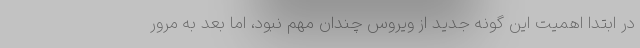
در ابتدا اهمیت این گونه جدید از ویروس چندان مهم نبود، اما بعد به مرور